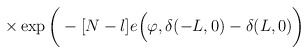
\begin{align*}\times \exp \bigg( - [N-l] e \Big( \varphi, \delta(-L,0) - \delta(L,0) \bigg)\end{align*}